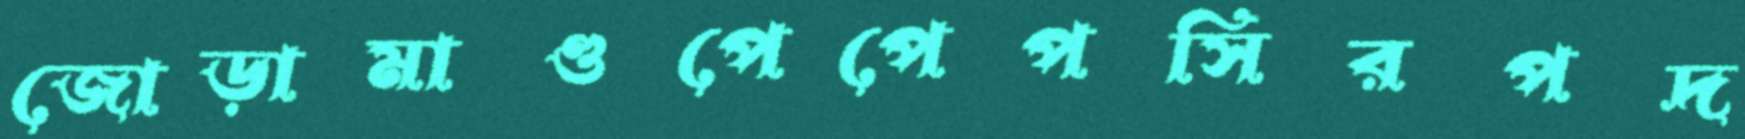
জোড়ামাণ্ডপেপেপসিরপদ